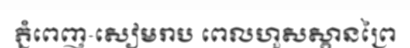
ភ្នំពេញ-សៀមរាប ពេលហួសស្ពានព្រៃ